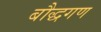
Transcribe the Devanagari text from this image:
बौद्धगण